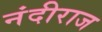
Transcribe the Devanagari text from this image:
नंदीराज